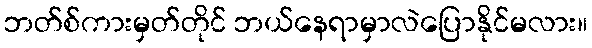
ဘတ်စ်ကားမှတ်တိုင် ဘယ်နေရာမှာလဲပြောနိုင်မလား။